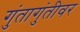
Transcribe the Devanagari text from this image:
गुंतागुंतीवर